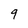
Character: 9